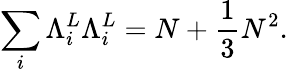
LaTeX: \sum_{i}{\Lambda}_{i}^{L}{\Lambda}_{i}^{L}=N+\frac{1}{3}N^{2}.